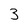
Character: 3